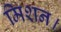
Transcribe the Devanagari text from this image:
मिशन।